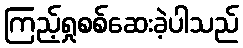
ကြည့်ရှုစစ်ဆေးခဲ့ပါသည်